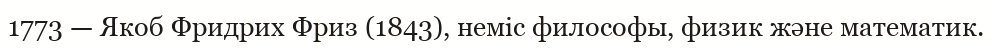
1773 — Якоб Фридрих Фриз (1843), неміс философы, физик және математик.